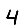
Digit: 4